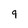
Character: 9